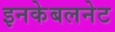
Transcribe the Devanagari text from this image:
इनकेबलनेट